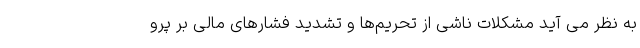
به نظر می آید مشکلات ناشی از تحریم‌ها و تشدید فشارهای مالی بر پرو